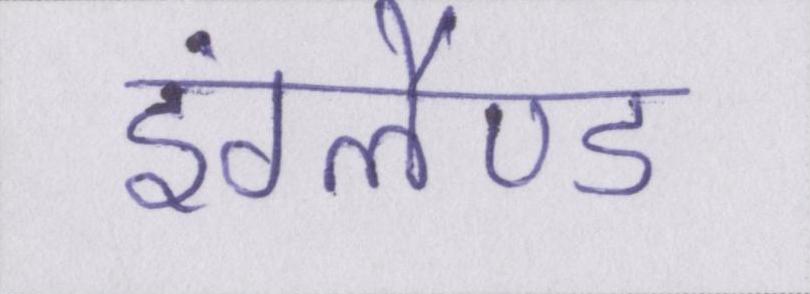
इंग्लैण्ड